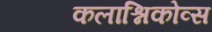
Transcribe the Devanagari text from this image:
कलाश्निकोव्स